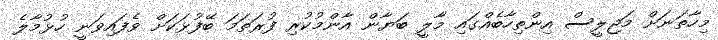
މިހާތަނަށް މަޖިލީސް އިންތިހާބެއްގައި މާލީ ބަޔާން އާންމުކުރި ފުރަތަމަ ބޭފުޅަކަށް ވެފައިވަނީ ހުޅުމާލެ